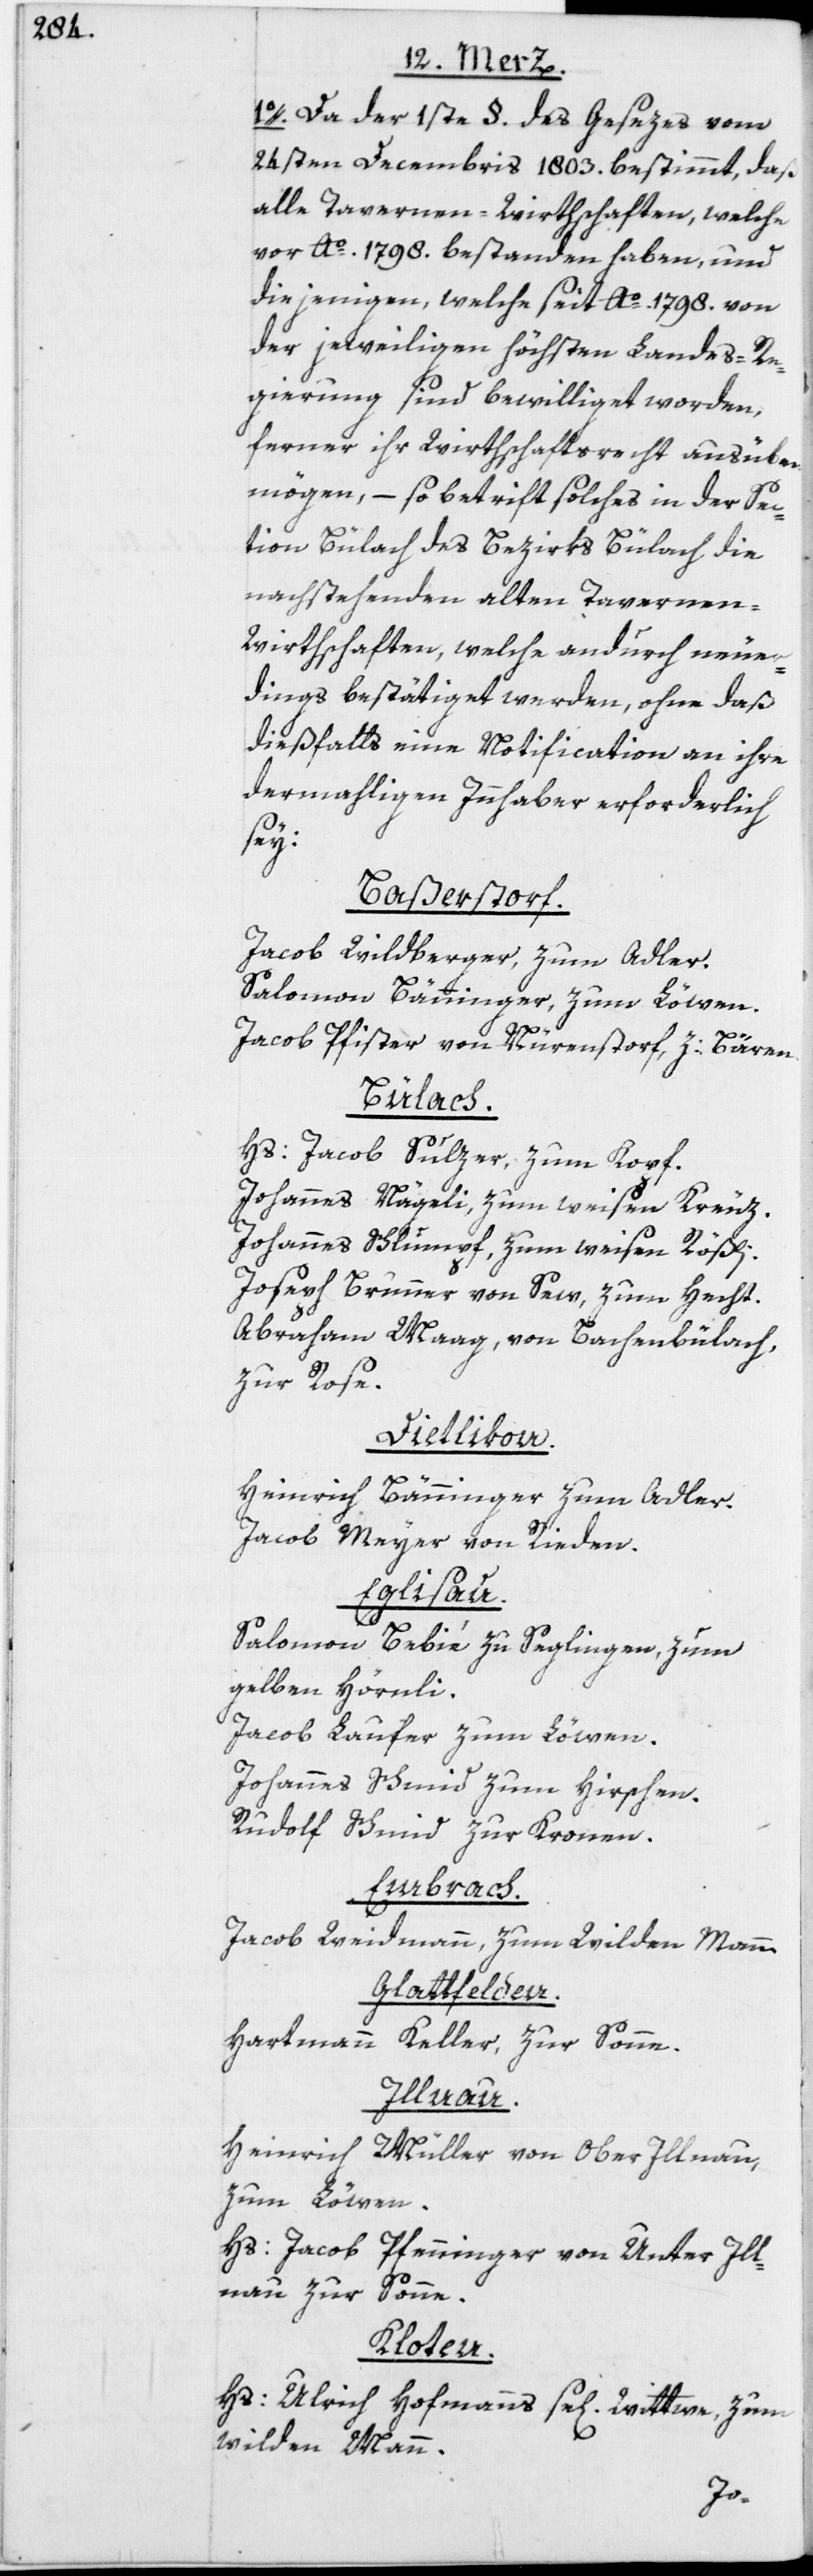
1o. Da der 1ste §. des Gesezes vom
24sten Decembris 1803. bestimmt, daß
alle Tavernen-Wirthschaften, welche
vor Ao. 1798. bestanden haben, und
diejenigen, welche seit Ao. 1798. von
der jeweiligen höchsten Landes-Re¬
gierung sind bewilliget worden,
ferner ihr Wirthschaftsrecht ausüben
mögen, – so betrift solches in der Sec¬
tion Bülach des Bezirks Bülach die
nachstehenden alten Tavernen-W¬
irthschaften, welche andurch neuer¬
dings bestätiget werden, ohne daß
dießfalls eine Notification an ihre
dermahligen Innhaber erforderlich
sey:
Baßerstorf.
Jacob Wildberger, zum Adler.
Salomon Bänninger, zum Löwen.
Jacob Pfister von Nürenstorf, z: Bären.
Bülach.
Hs: Jacob Sulzer, zum Kopf.
Johannes Nägeli, zum weisen Kreuz.
Johannes Schlumpf, zum weisen Rößli.
Joseph Brunner von Sew, zum Hecht.
Abraham Maag, von Bachenbülach,
zur Rose.
Dietlikon.
Heinrich Bänninger zum Adler.
Jacon Meyer von Rieden.
Eglisau.
Salomon Bebié zu Seglingen, zum
gelben Hörnli.
Jacob Laufer zum Löwen.
Johannes Schmid zum Hirschen.
Rudolf Schmid, zur Kronen.
Embrach.
Jacob Weidmann, zum Wilden Mann.
Glattfelden.
Hartmann Keller, zur Sonne.
Illnau.
Heinrich Müller von Ober Illnau,
zum Löwen.
Hs: Jacob Pfenninger von Unter Ill¬
nau zur Sonne.
Kloten.
Hs: Ulrich Hofmanns se[lige] Wittwe, zum
wilden Mann.